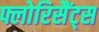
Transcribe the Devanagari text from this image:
फ्लोरिसैंट्स